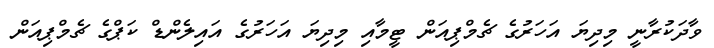
ވާދަކުރާނީ މިދިޔަ އަހަރުގެ ޗެމްޕިއަން ޓީމާއި މިދިޔަ އަހަރުގެ އައިލެންޑް ކަޕްގެ ޗެމްޕިއަން